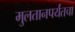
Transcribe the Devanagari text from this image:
मुलतानपर्यंतचा